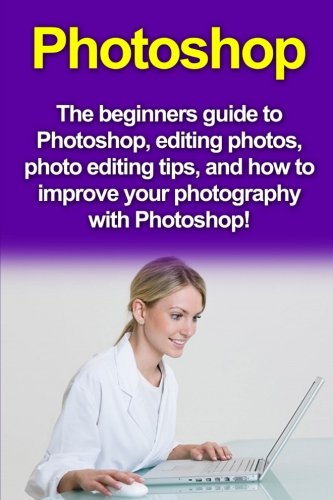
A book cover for Photoshop: The beginners guide to Photoshop, Editing Photos, Photo Editing Tips, and How to Improve your Photography with Photoshop!; Nigel Pinkman; Arts & Photography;